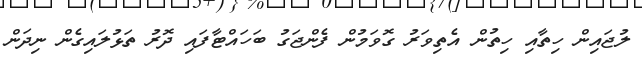
ލުޖައިން ހިތާއި ހިތުން އެތިވަރު ގޮވަމުން ފެންޖަގު ބަހައްޓާފައި ދޮރު ތަޅުލައިގެން ނިދަން